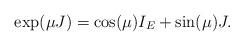
LaTeX: \begin{align*}\exp(\mu J)=\cos(\mu)I_E+\sin(\mu)J.\end{align*}